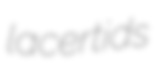
lacertids